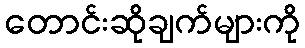
တောင်းဆိုချက်များကို